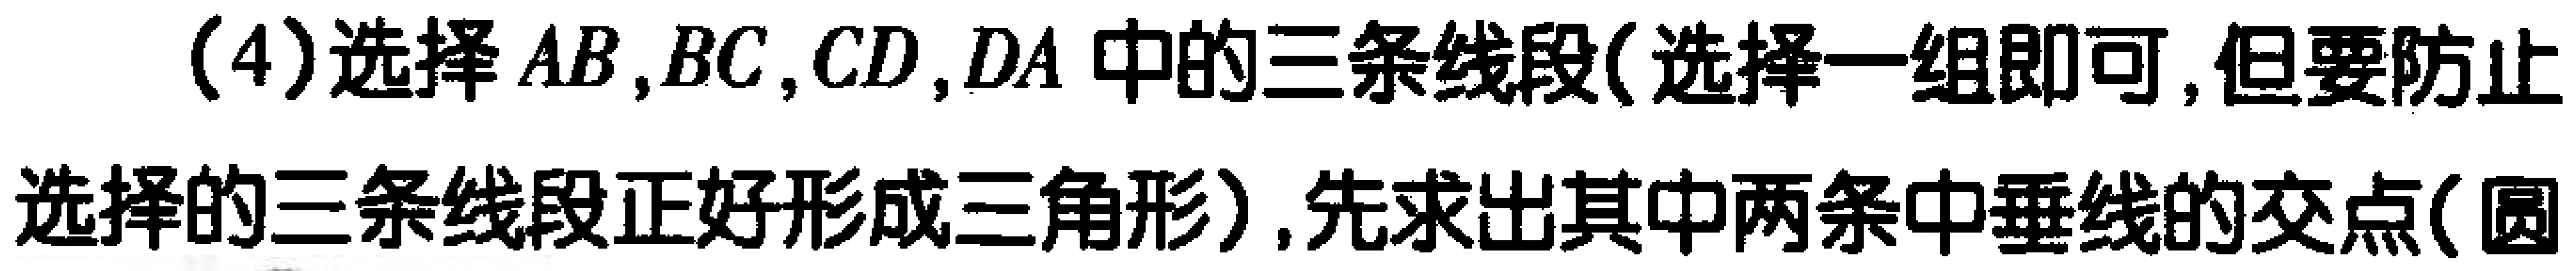
(4)选择 \(AB,BC,CD,DA\) 中的三条线段(选择一组即可,但要防止选择的三条线段正好形成三角形),先求出其中两条中垂线的交点(圆